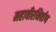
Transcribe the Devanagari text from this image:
महावीरनिर्वाण